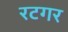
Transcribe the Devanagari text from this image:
रटगर